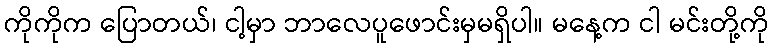
ကိုကိုက ပြောတယ်၊ ငါ့မှာ ဘာလေပူဖောင်းမှမရှိပါ။ မနေ့က ငါ မင်းတို့ကို